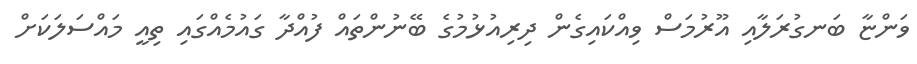
ވަންޏާ ބަނގުރަލާއި އޫރުމަސް ވިއްކައިގެން ދިރިއުޅުމުގެ ބޭނުންތައް ފުއްދާ ގައުމެއްގައި ތިއީ މައްސަލަކަށް